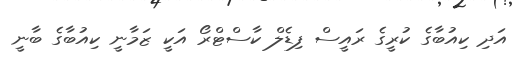
އަދި ކިއުބާގެ ކުރީގެ ރައީސް ފިޑެލް ކާސްޓްރޯ އަކީ ޒަމާނީ ކިއުބާގެ ބާނީ